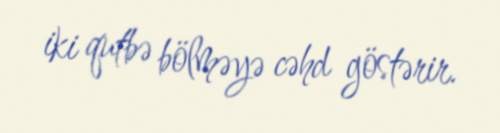
iki qutbə bölməyə cəhd göstərir.